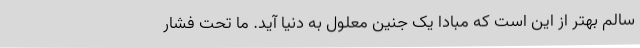
سالم بهتر از این است که مبادا یک جنین معلول به دنیا آید. ما تحت فشار